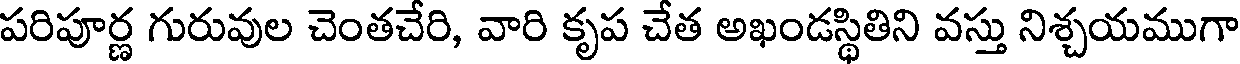
పరిపూర్ణ గురువుల చెంతచేరి, వారి కృప చేత అఖండస్థితిని వస్తు నిశ్చయముగా